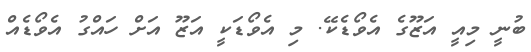
ބުނީ މިއީ އަޒޫގެ އެވޯޑެކޭ. މި އެވޯޑަކީ އަޒޫ އަށް ހައްގު އެވޯޑެއް